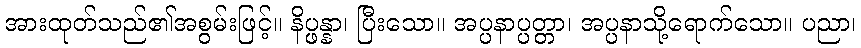
အားထုတ်သည်၏အစွမ်းဖြင့်။ နိပ္ဖန္နာ၊ ပြီးသော။ အပ္ပနာပ္ပတ္တာ၊ အပ္ပနာသို့ရောက်သော။ ပညာ၊